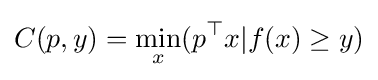
C(p,y)=\min _{x}(p^{\top }x|f(x)\geq y)